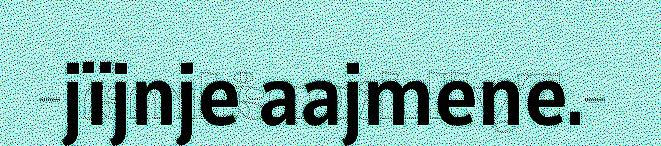
jïjnje aajmene.